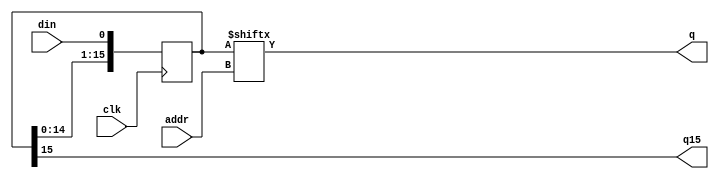
module srl16_infer(/*AUTOARG*/
   // Outputs
   q15, q,
   // Inputs
   clk, din, addr
   );
   input clk;
   input din;
   input [3:0] addr;
   output      q15;
   output      q ;

   reg [15:0]  sreg ;
   
   always @(posedge clk )
     sreg <= { sreg[14:0], din};

   wire q15 = sreg[15];
   wire q  = sreg[addr];

endmodule // srl16